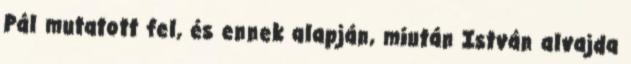
Pál mutatott fel, és ennek alapján, miután István alvajda